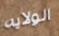
الولايه